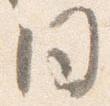
同